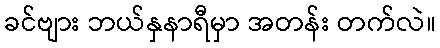
ခင်ဗျား ဘယ်နှနာရီမှာ အတန်း တက်လဲ။